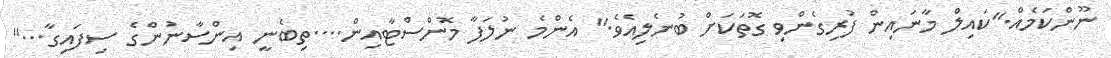
ނޫންކަމެއް."ކައިލް މާނައިން ފުރިގެންވި ގޮތަކަށް ބުނެލިއެވެ." އެންމެ ނުލަފާ މޮންސްޓާއިން....ތިބެނީ އިންސާނުންގެ ސިފައިގާ..."